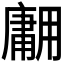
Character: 𱰡